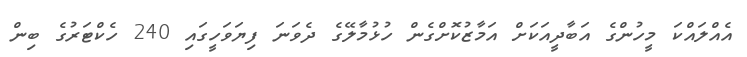
އެއްލައްކަ މީހުންގެ އަބާދީއަކަށް އަމާޒުކޮށްގެން ހުޅުމާލޭގެ ދެވަނަ ފިޔަވަހީގައި 240 ހެކްޓަރުގެ ބިން